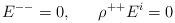
LaTeX: \begin{align*}E^{--}=0,\ \ \ \ \ \rho^{++}E^{i}=0\end{align*}